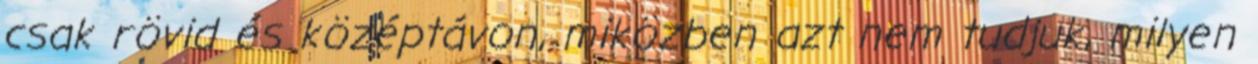
csak rövid és középtávon, miközben azt nem tudjuk, milyen